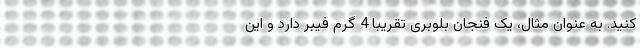
کنید. به عنوان مثال، یک فنجان بلوبری تقریبا 4 گرم فیبر دارد و این